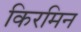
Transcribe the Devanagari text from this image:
किरमिन